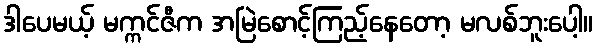
ဒါပေမယ့် မက္ကင်ဇီက အမြဲစောင့်ကြည့်နေတော့ မလစ်ဘူးပေါ့။